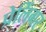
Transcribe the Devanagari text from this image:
प्रेलिंगर